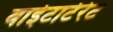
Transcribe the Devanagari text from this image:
वाईटार्टरेट